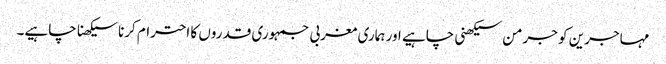
مہاجرین کو جرمن سیکھنی چاہیے اور ہماری مغربی جمہوری قدروں کا احترام کرنا سیکھنا چاہیے۔